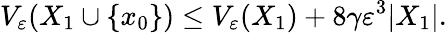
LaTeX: V_{\varepsilon}(X_{1}\cup\{ x_{0}\} )\leq V_{\varepsilon}(X_{1})+8\gamma\varepsilon^{3}|X_{1}|.